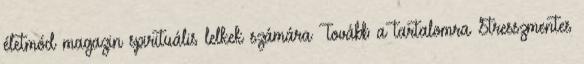
életmód magazin spirituális lelkek számára Tovább a tartalomra Stresszmentes